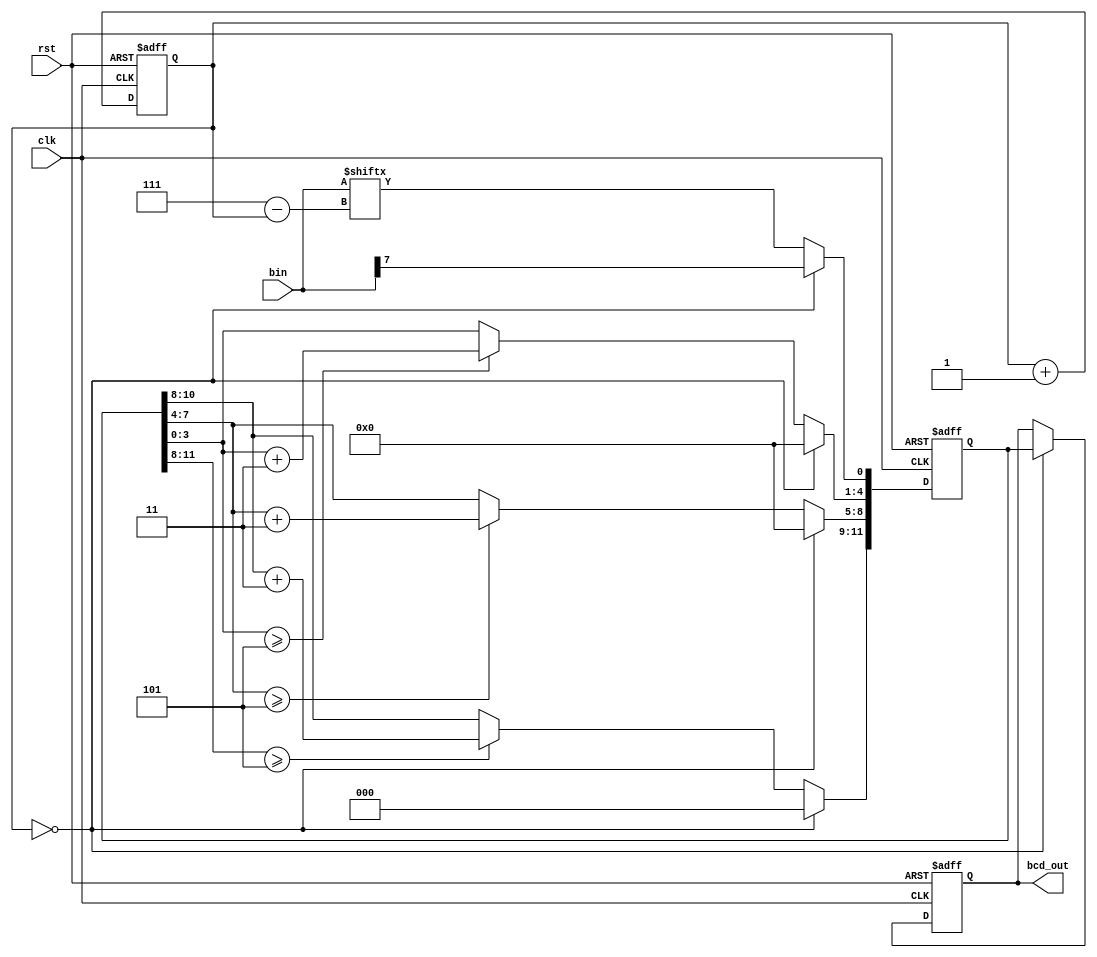
module bin2bcd(clk, rst, bin, bcd_out);

input clk, rst;
input [7:0] bin; // 8 bits binarty to 12 bits bcd
reg [11:0] bcd;
output reg [11:0] bcd_out;
   
reg [2:0] i;

always @(posedge rst or posedge clk) begin
    if(rst) begin
        bcd <= {4'd0, 4'd0, 4'd0};
        i <= 0;
    end
    else begin
        if(i == 0) begin
            bcd[11:1] <= 11'b0000_0000_000;
            bcd[0] <= bin[7];
        end
        else begin
            bcd[11:9] <= (bcd[11:8] >= 3'd5) ?  bcd[11:8] + 2'd3 : bcd[11:8];
            bcd[8:5]  <= (bcd[7:4] >= 3'd5) ?  bcd[7:4] + 2'd3 : bcd[7:4];
            bcd[4:1]  <= (bcd[3:0] >= 3'd5) ?  bcd[3:0] + 2'd3 : bcd[3:0];
            bcd[0] <= bin[7-i];
        end
        i <= i + 1;
    end
end

always @(posedge rst or posedge clk) begin
    if(rst) bcd_out <= {4'd0, 4'd0, 4'd0};
    else if(i == 0) bcd_out <= bcd;
end

endmodule